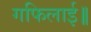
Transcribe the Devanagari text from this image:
गफिलाई॥